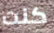
كنت